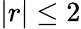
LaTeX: |r|\leq 2